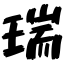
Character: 瑞